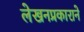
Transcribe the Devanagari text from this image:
लेखनप्रकाराने